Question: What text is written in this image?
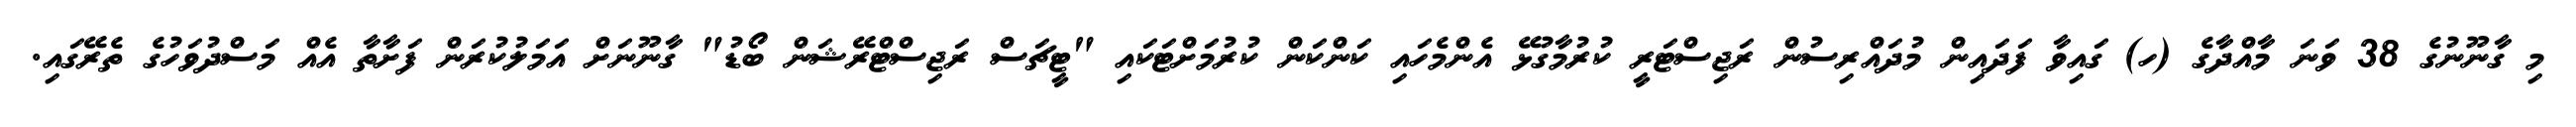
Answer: މި ގާނޫނުގެ 38 ވަނަ މާއްދާގެ (ހ) ގައިވާ ފަދައިން މުދައްރިސުން ރަޖިސްޓަރީ ކުރުމާގުޅޭ އެންމެހައި ކަންކަން ކުރުމަށްޓަކައި "ޓީޗަސް ރަޖިސްޓްރޭޝަން ބޯޑު" ގާނޫނަށް އަމަލުކުރަން ފަށާތާ އެއް މަސްދުވަހުގެ ތެރޭގައި.